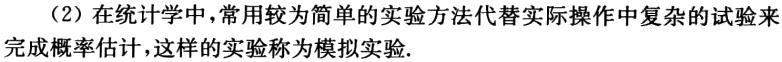
（2）在统计学中，常用较为简单的实验方法代替实际操作中复杂的试验来完成概率估计，这样的实验称为模拟实验.